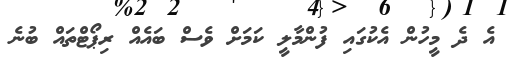
އެ ދެ މީހުން އެކުގައި ފުންމާލީ ކަމަށް ވެސް ބައެއް ރިޕޯޓްތައް ބުނެ